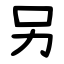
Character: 另